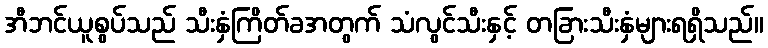
အီဘင်ယူစွပ်သည် သီးနှံကြိတ်ခအတွက် သံလွင်သီးနှင့် တခြားသီးနှံများရရှိသည်။